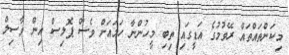
މިކަންތައްތައް ރޭވުމުގެ އަޑީގައި ތިބި މީހުންނާ ހަމައަށް ވެސް ޕޮލިސް އިން ވާސިލް